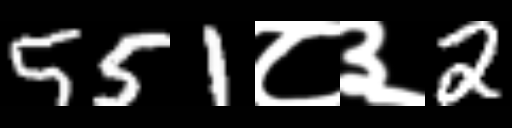
Text: 551८३2